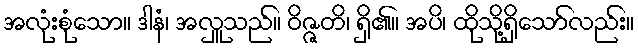
အလုံးစုံသော။ ဒါနံ၊ အလှူသည်။ ဝိဇ္ဇတိ၊ ရှိ၏။ အပိ၊ ထိုသို့ရှိသော်လည်း။